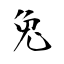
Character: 兔